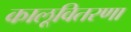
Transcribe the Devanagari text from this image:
कालूवितरणा